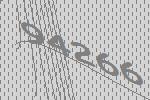
94266